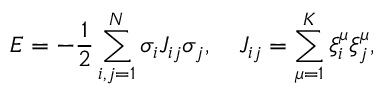
E = - \frac { 1 } { 2 } \sum _ { i , j = 1 } ^ { N } \sigma _ { i } J _ { i j } \sigma _ { j } , \quad J _ { i j } = \sum _ { \mu = 1 } ^ { K } \xi _ { i } ^ { \mu } \xi _ { j } ^ { \mu } ,